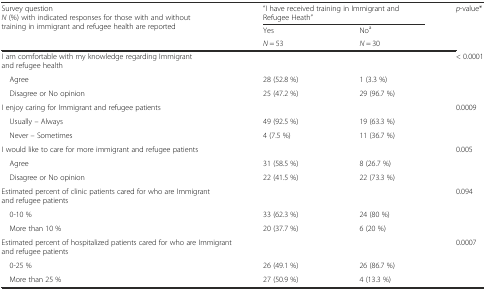
| <ROWSPAN=3> Survey questionN (%) with indicated responses for those with and without training in immigrant and refugee health are reported | <COLSPAN=2> “I have received training in Immigrant and Refugee Heath” | p-value* |
 | Yes | Noa | <ROWSPAN=2>  |
 | N = 53 | N = 30 |
 | --- | --- | --- | --- |
 | I am comfortable with my knowledge regarding Immigrant and refugee health |  |  | < 0.0001 |
 | Agree | 28 (52.8 %) | 1 (3.3 %) |  |
 | Disagree or No opinion | 25 (47.2 %) | 29 (96.7 %) |  |
 | I enjoy caring for Immigrant and refugee patients |  |  | 0.0009 |
 | Usually – Always | 49 (92.5 %) | 19 (63.3 %) |  |
 | Never – Sometimes | 4 (7.5 %) | 11 (36.7 %) |  |
 | I would like to care for more immigrant and refugee patients |  |  | 0.005 |
 | Agree | 31 (58.5 %) | 8 (26.7 %) |  |
 | Disagree or No opinion | 22 (41.5 %) | 22 (73.3 %) |  |
 | Estimated percent of clinic patients cared for who are Immigrant and refugee patients |  |  | 0.094 |
 | 0-10 % | 33 (62.3 %) | 24 (80 %) |  |
 | More than 10 % | 20 (37.7 %) | 6 (20 %) |  |
 | Estimated percent of hospitalized patients cared for who are Immigrant and refugee patients |  |  | 0.0007 |
 | 0-25 % | 26 (49.1 %) | 26 (86.7 %) |  |
 | More than 25 % | 27 (50.9 %) | 4 (13.3 %) |  |